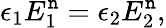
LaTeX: \epsilon_{1}E_{1}^{\mathtt{n}}=\epsilon_{2}E_{2}^{\mathtt{n}},